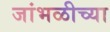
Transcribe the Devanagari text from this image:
जांभळीच्या